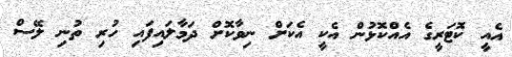
އެއީ ކޮޓަރީގެ އެއްކޮޅުން އެކީ އެކަށް ނިވާކޮށް ދަމާލައިފައި ހުރި ތުނި ލޭސް